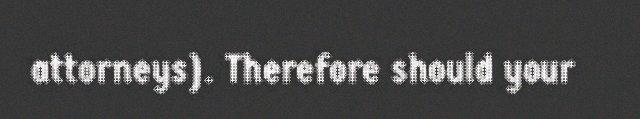
attorneys). Therefore should your